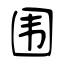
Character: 围